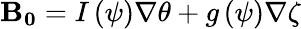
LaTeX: \mathbf{B_{0}}=I\left(\psi\right)\nabla\theta+g\left(\psi\right)\nabla\zeta